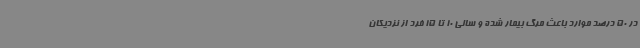
در 50 درصد موارد باعث مرگ بیمار شده و سالی 10 تا 15 فرد از نزدیکان